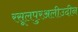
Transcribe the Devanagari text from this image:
रसूलपुरअलीउदीन